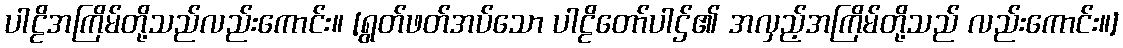
ပါဠိအကြိမ်တို့သည်လည်းကောင်း။ [ရွတ်ဖတ်အပ်သော ပါဠိတော်ပါဌ်၏ အလှည့်အကြိမ်တို့သည် လည်းကောင်း။]